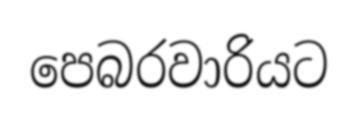
පෙබරවාරියට